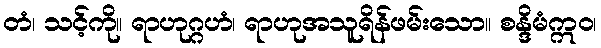
တံ၊ သင့်ကို။ ရာဟုဂ္ဂဟံ၊ ရာဟုအသူရိန်ဖမ်းသော။ စန္ဒိမံဣဝ၊